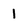
Character: I